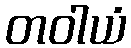
တဝါယံ